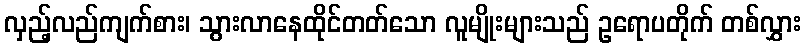
လှည့်လည်ကျက်စား၊ သွားလာနေထိုင်တတ်သော လူမျိုးများသည် ဥရောပတိုက် တစ်လွှား